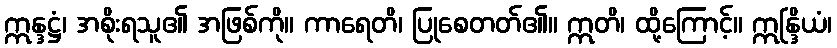
ဣန္ဒဋ္ဌံ၊ အစိုးရသူ၏ အဖြစ်ကို။ ကာရေတိ၊ ပြုစေတတ်၏။ ဣတိ၊ ထို့ကြောင့်။ ဣန္ဒြိယံ၊